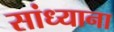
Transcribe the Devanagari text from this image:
सांध्याना